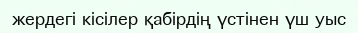
жердегі кісілер қабірдің үстінен үш уыс